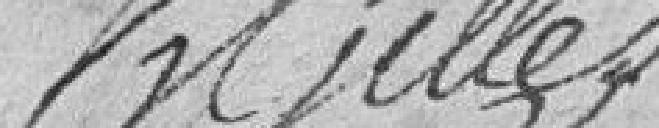
Gilles